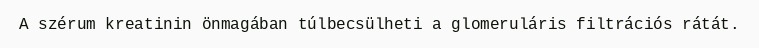
A szérum kreatinin önmagában túlbecsülheti a glomeruláris filtrációs rátát.